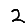
Digit: 2